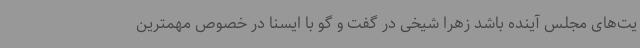
یت‌های مجلس آینده باشد زهرا شیخی در گفت و گو با ایسنا در خصوص مهمترین